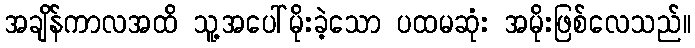
အချိန်ကာလအထိ သူ့အပေါ်မိုးခဲ့သော ပထမဆုံး အမိုးဖြစ်လေသည်။